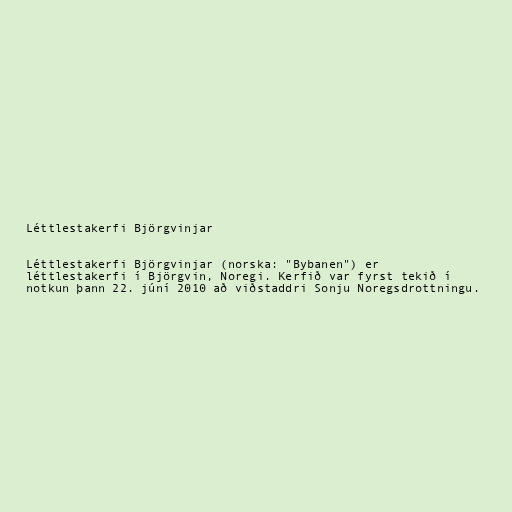
Léttlestakerfi Björgvinjar

Léttlestakerfi Björgvinjar (norska: "Bybanen") er
léttlestakerfi í Björgvin, Noregi. Kerfið var fyrst tekið í
notkun þann 22. júní 2010 að viðstaddri Sonju Noregsdrottningu.